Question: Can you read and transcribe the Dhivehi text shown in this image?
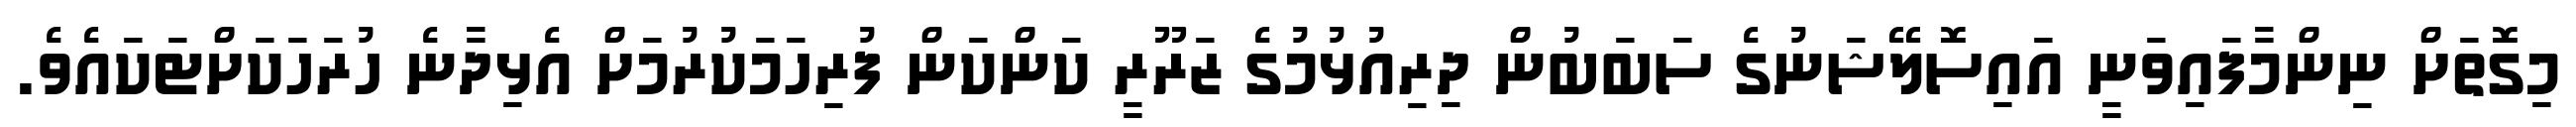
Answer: މިގޮތަށް ނިންމާފައިވަނީ އައިސޮލޭޝަނުގެ ސަބަބުން ދިރިއުޅުމުގެ ޒަރޫރީ ކަންކަން ފުރިހަމަކުރުމަށް އެޅިދާނެ ހުރަހަކަށްޓަކައެވެ.